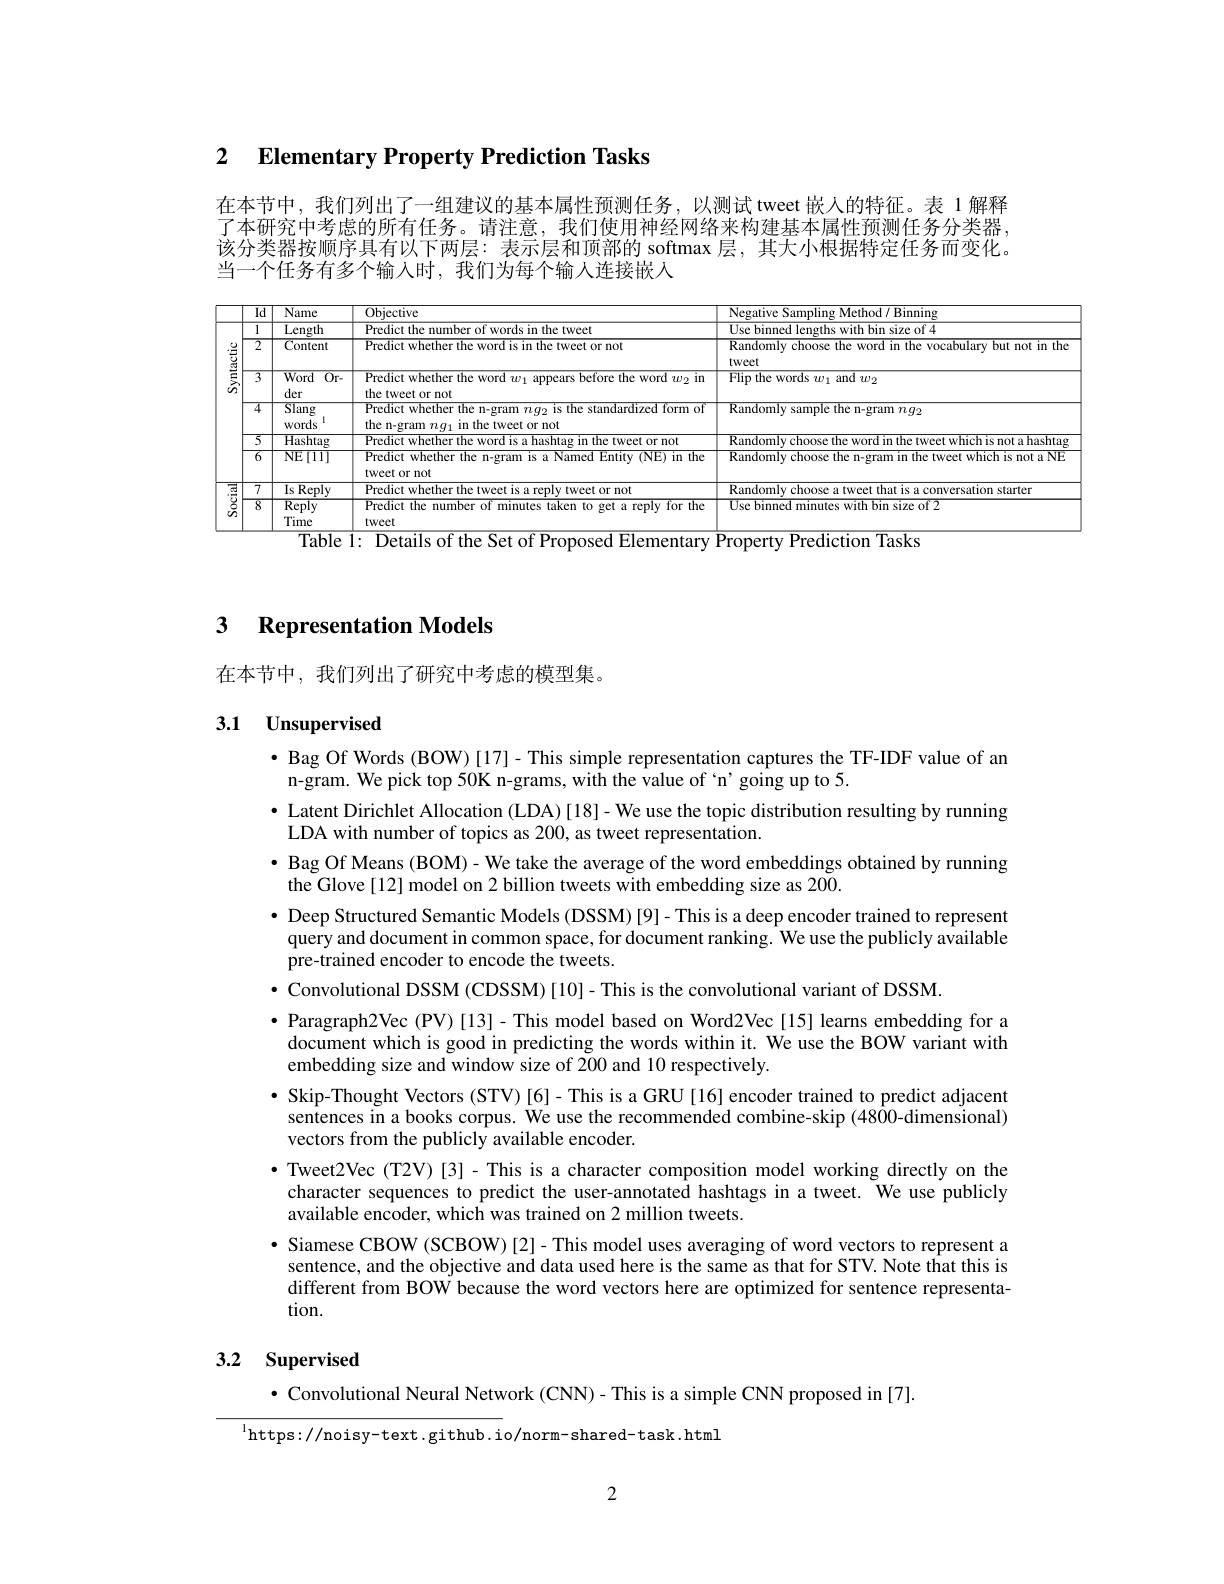
### 2 $\textbf{Elementarv Propertv Prediction Tasks}$

在本节中，我们列出了一组建议的基本属性预测任务，以测试 tweet 嵌人的特征。表 1 解释了本研究中考虑的所有任务。请注意，我们使用神经网络来构建基本属性预测任务分类器， 该分类器按顺序具有以下两层：表示层和顶部的 softmax 层，其大小根据特定任务而变化。当一个任务有多个输入时，我们为每个输人连接嵌入

the
<table>
	<tbody>
		<tr>
			<th> </th>
			<th>$\overline{\mathrm{Id}}$</th>
			<th>Name</th>
			<th>$\overline{\mathrm{Objective}}$</th>
			<th>Negative Samnlino Method/ Binning</th>
		</tr>
		<tr>
			<td> </td>
			<td>1</td>
			<td>Length</td>
			<td>Predict sin the tweet</td>
			<td>bin size of 4</td>
		</tr>
		<tr>
			<td>$\frac{5}{5}$</td>
			<td>2</td>
			<td>Content</td>
			<td>Predict whether the word is in the tweet or not</td>
			<td>Randomly choose the word in the vocabulary but not i tweet</td>
		</tr>
		<tr>
			<td>$\frac{5}{2}$</td>
			<td>$\overline{3}$</td>
			<td>Word $\overline{0}$r- der</td>
			<td>Predict whether the word $w_1$ appears before the word $w_2$ in the tweet or not</td>
			<td>Flip the words $w_1$ and $w_2$</td>
		</tr>
		<tr>
			<td> </td>
			<td>4</td>
			<td>$\overline{\text{Slang}}$ words</td>
			<td>$\overline{\text{Predict whether the n-gram }ng_2\text{ is the standardized form of}}$ the n-gram $ng_1$ in the tweet or not</td>
			<td>${\overline{\mathrm{Randomly~sample~the~n-gram~}ng_{2}}}$</td>
		</tr>
		<tr>
			<td> </td>
			<td>$\overline{5}$</td>
			<td>${\mathrm{Hashtag}}$</td>
			<td>Predict whether the v 1189 hashtag $1n$ the tweet or not</td>
			<td>Random ChMici $1ha$</td>
		</tr>
		<tr>
			<td> </td>
			<td>$\overline{6}$</td>
			<td>$\overline{\mathrm{NE[1]}}$</td>
			<td>$\overline{{\text{Predict whether the n-gram is a Named Entity (NE) in the}}}$ tweet or not</td>
			<td>Randomly choose the n-gram in the tweet which is not a</td>
		</tr>
		<tr>
			<td rowspan="2">$\frac{\frac{\sqrt{3}}{3}}{2}$</td>
			<td>$\overline{7}$</td>
			<td>Is I $\overline{\text{Reply}}$</td>
			<td>Predict whethe tweet or not</td>
			<td>Randomlu starter realion e</td>
		</tr>
		<tr>
			<td>8</td>
			<td>$\overline{\mathrm{Reply}}$ Time</td>
			<td>Predict the number of minutes taken to get a reply for the tweet</td>
			<td>Use binned minutes with bin size of 2</td>
		</tr>
	</tbody>
</table>

### 3 Representation Models

在本节中，我们列出了研究中考虑的模型集。

# 3.1 Unsupervised

· Bag Of Words (BOW) [17]- This simple representation captures the TF-IDF value of an
n-gram. We pick top 50K n-grams, with the value of `n' going up to 5.
· Latent Dirichlet Allocation (LDA)[18]- We use the topic distribution resulting by running
LDA with number of topics as 200, as tweet representation.
$\bullet$ Bag Of Means (BOM)- We take the average of the word embeddings obtained by running
the Glove[12] model on 2 billion tweets with embedding size as 200.
· Deep Structured Semantic Models (DSSM)[9]- This is a deep encoder trained to represent query and document in common space, for document ranking. We use the publicly available pre-trained encoder to encode the tweets.
$\bullet$ Convolutional DSSM (CDSSM)[10]- This is the convolutional variant of DSSM
· Paragraph2Vec (PV)[13]- This model based on Word2Vec[15] learns embedding for a document which is good in predicting the words within it. We use the BOW variant with embedding size and window size of 200 and 10 respectively.
$\bullet$ Skip-Thought Vectors (STV)[6]-This is a GRU[16] encoder trained to predict adjacent sentences in a books corpus. We use the recommended combine-skip (4800-dimensional) vectors from the publicly available encoder.
$\bullet$ Tweet2Vec (T2V)[3]- This is a character composition model working directly on the character sequences to predict the user-annotated hashtags in a tweet. We use publicly available encoder, which was trained on 2 million tweets.
· Siamese CBOW (SCBOW) [2]- This model uses averaging of word vectors to represent a
sentence, and the objective and data used here is the same as that for STV. Note that this is different from BOW because the word vectors here are optimized for sentence representation.

# 3.2 Supervised

$\bullet$ Convolutional Neural Network (CNN)- This is a simple CNN proposed in [7].

$^{\mathrm{l}}$https://noisy-text.github.io/norm-shared-task.html

2